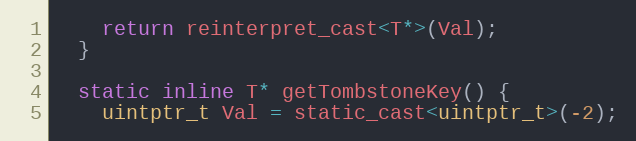
Language: C
    return reinterpret_cast<T*>(Val);
  }

  static inline T* getTombstoneKey() {
    uintptr_t Val = static_cast<uintptr_t>(-2);